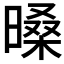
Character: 𣉕